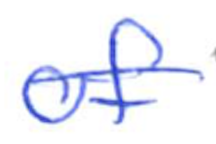
Text: of
Cross-out: single-line
Writing tool: ballpoint